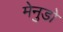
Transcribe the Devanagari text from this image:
मेनुडो